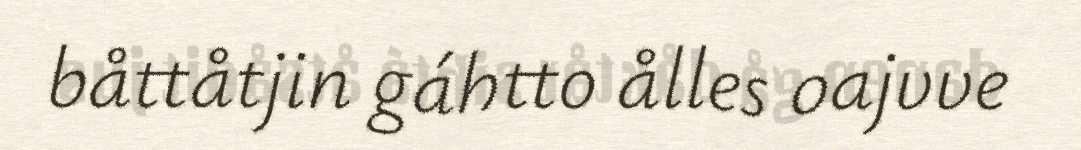
båttåtjin gáhtto ålles oajvve